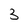
Character: 3